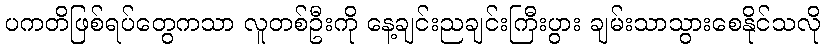
ပကတိဖြစ်ရပ်တွေကသာ လူတစ်ဦးကို နေ့ချင်းညချင်းကြီးပွား ချမ်းသာသွားစေနိုင်သလို